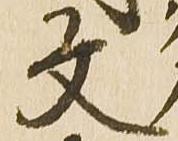
文